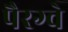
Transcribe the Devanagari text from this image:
पैरग्वे